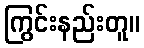
ကြွင်းနည်းတူ။